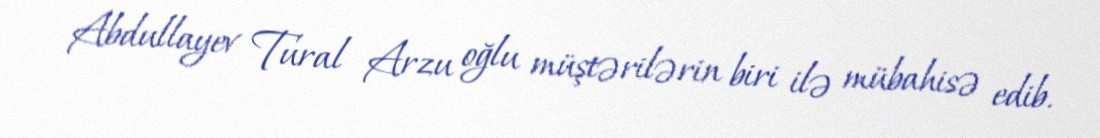
Abdullayev Tural Arzu oğlu müştərilərin biri ilə mübahisə edib.